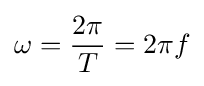
\omega ={{2\pi } \over T}={2\pi f}